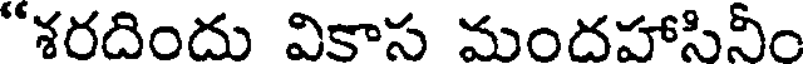
"శరదిందు వికాస మందహాసినీం